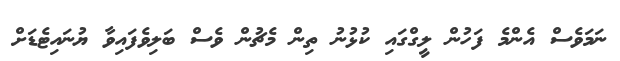
ނަމަވެސް އެންމެ ފަހުން ލީގްގައި ކުޅުނު ތިން މެޗުން ވެސް ބަލިވެފައިވާ ޔުނައިޓެޑަށް